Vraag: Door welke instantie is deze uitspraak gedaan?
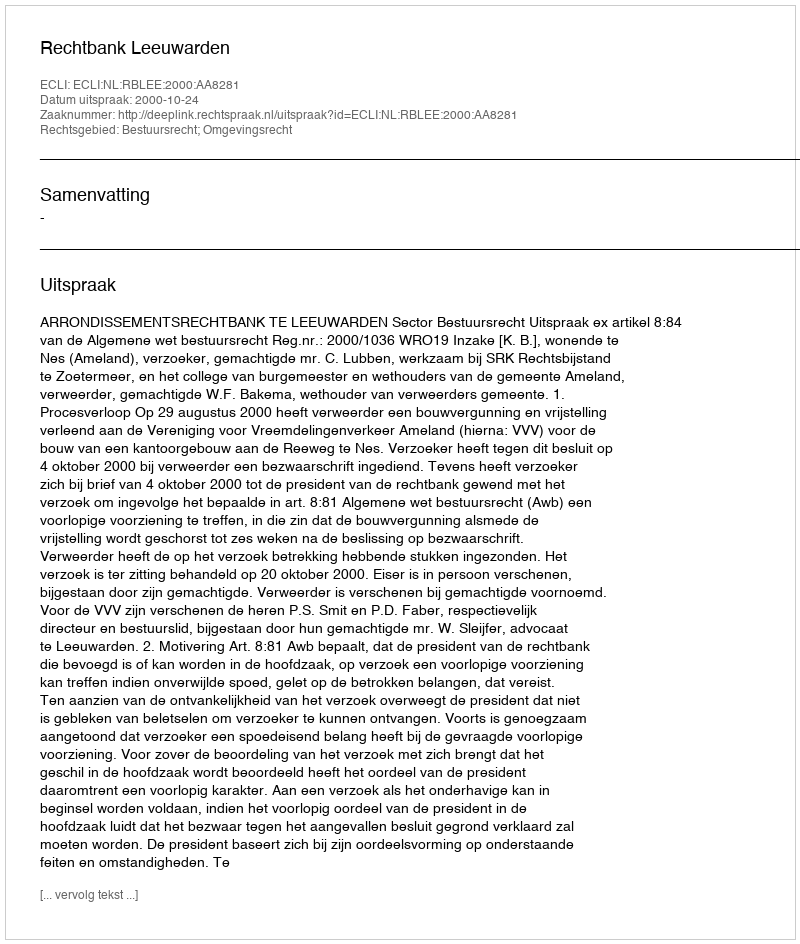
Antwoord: Rechtbank Leeuwarden